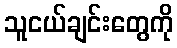
သူငယ်ချင်းတွေကို